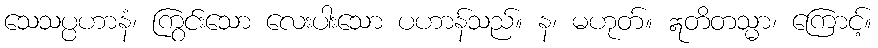
သေသပ္ပဟာနံ၊ ကြွင်းသော လေးပါးသော ပဟာန်သည်။ န၊ မဟုတ်။ ဣတိတသ္မာ၊ ကြောင့်။